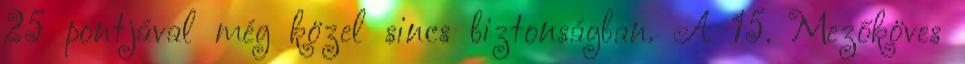
25 pontjával még közel sincs biztonságban. A 15. Mezőköves